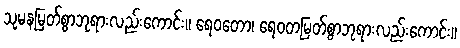
သုမနမြတ်စွာဘုရားလည်းကောင်း။ ရေဝတော၊ ရေဝတမြတ်စွာဘုရားလည်းကောင်း။